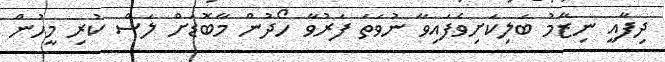
ދިފާއީ ނިޒާމު ބަލިކަށިވެފައިވާ ނުވަތަ ފަރުވާ ހޯދުން މާބޮޑަށް ލަސް ކުރި މީހުން